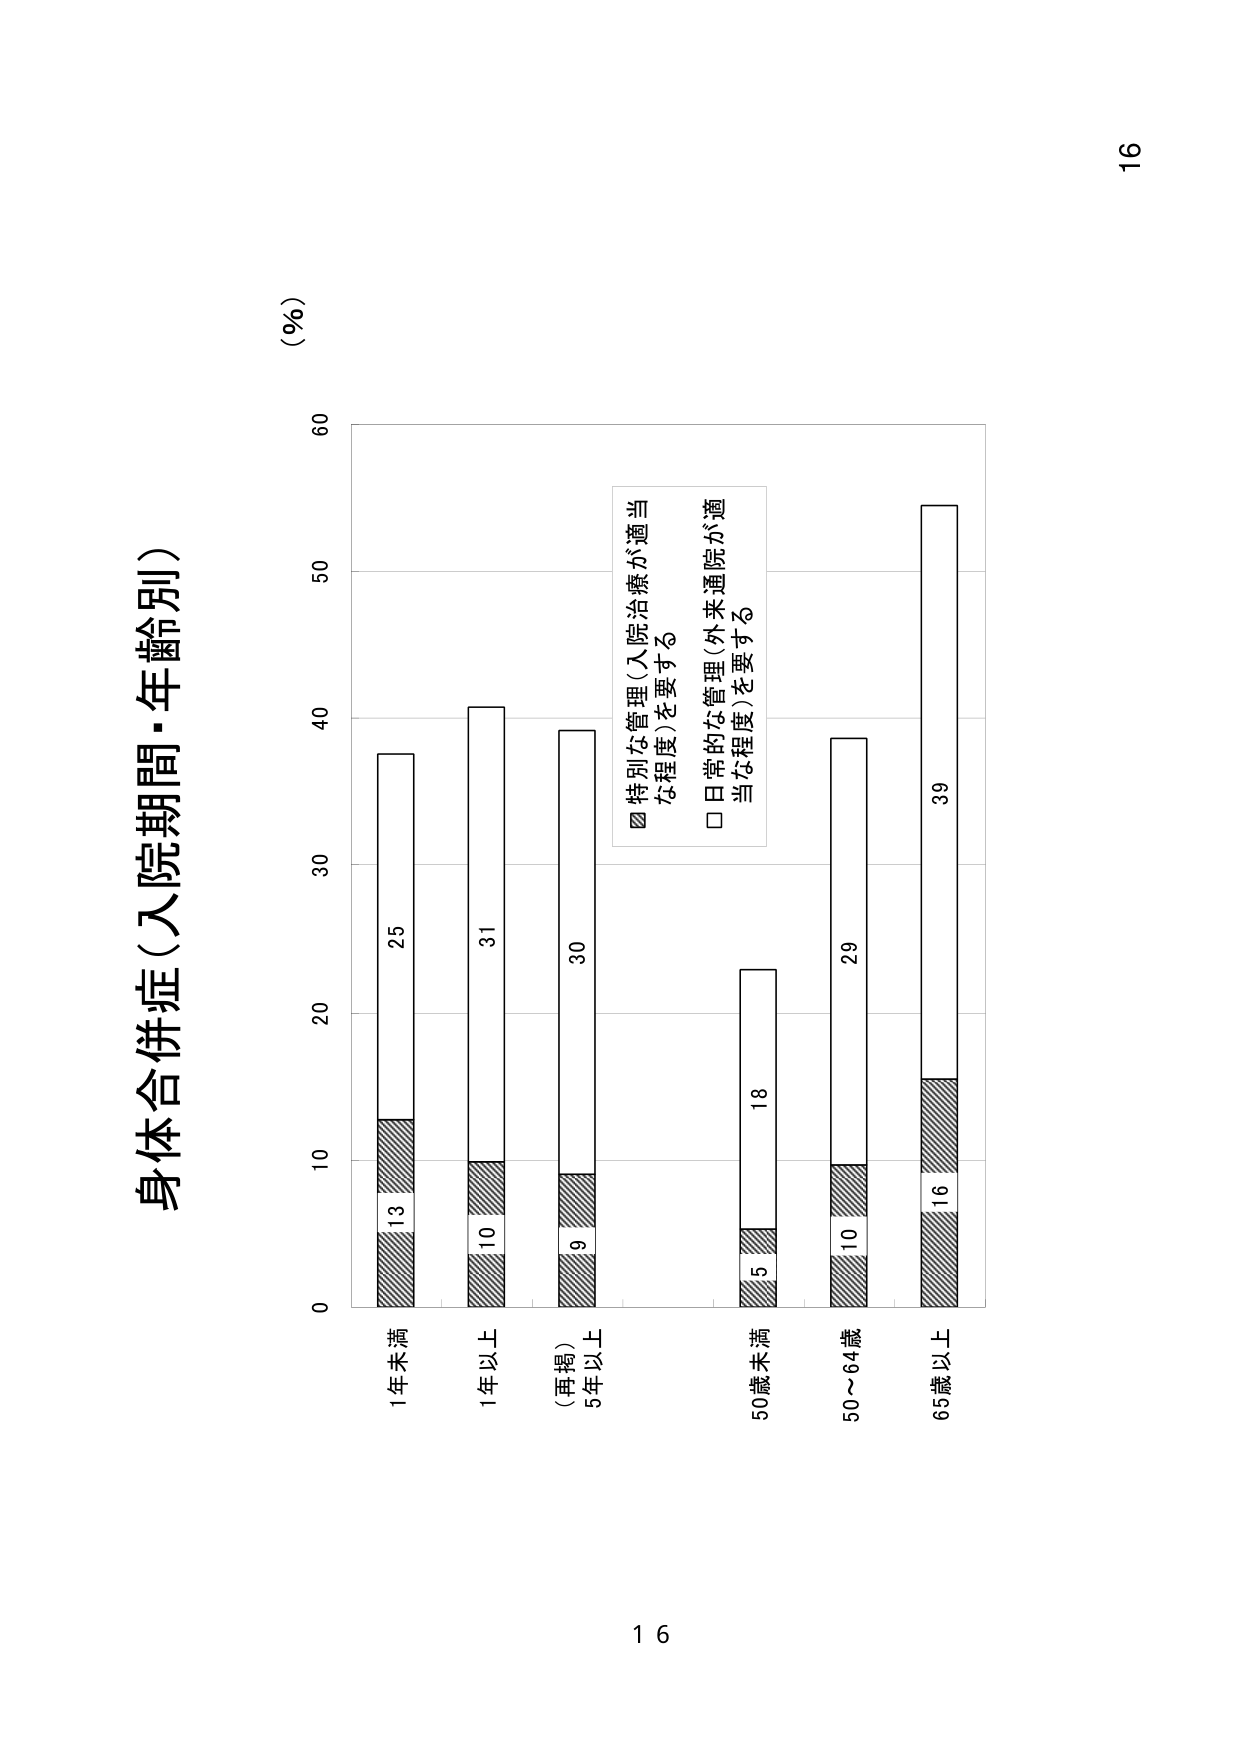
身体合併症（入院期間・年齢別）

（％）

0
10
20
30
40
50
60

1年未満
13
25

1年以上
10
31

（再掲）
5年以上
9
30

50歳未満
5
18

50～64歳
10
29

65歳以上
16
39

■ 特別な管理（入院治療が適当
な程度）を要する
□ 日常的な管理（外来通院が適
当な程度）を要する

16
16